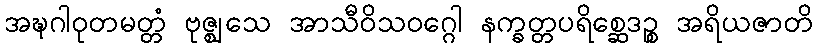
အဍ္ဎဂါဝုတမတ္တံ ဗုဇ္ဈသေ အာသီဝိသဝဂ္ဂေါ နက္ခတ္တပရိစ္ဆေဒဉ္စ အရိယဇာတိ